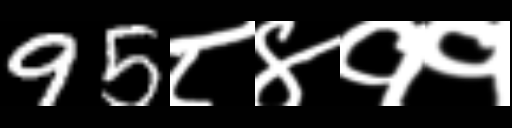
Text: 95८४११